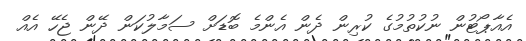
އެއާޕޯޓުން ނުކުތުމުގެ ކުރިން ދެން އެންމެ ބޮޑަށް ސަމާލުކަން ދޭން ޖެހޭ އެއް